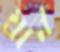
ঘ্রান